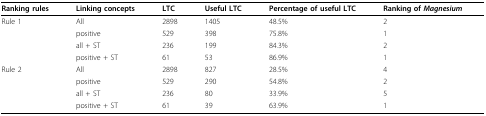
<table><thead><tr><td><b>Ranking rules </b></td><td><b>Linking concepts </b></td><td><b>LTC </b></td><td><b>Useful LTC</b></td><td><b>Percentage of useful LTC</b></td><td><b>Ranking of <i>Magnesium</i></b></td></tr></thead><tbody><tr><td>Rule 1</td><td>All</td><td>2898</td><td>1405</td><td>48.5%</td><td>2</td></tr><tr><td></td><td>positive</td><td>529</td><td>398</td><td>75.8%</td><td>1</td></tr><tr><td></td><td>all + ST</td><td>236</td><td>199</td><td>84.3%</td><td>2</td></tr><tr><td></td><td>positive + ST</td><td>61</td><td>53</td><td>86.9%</td><td>1</td></tr><tr><td>Rule 2</td><td>All</td><td>2898</td><td>827</td><td>28.5%</td><td>4</td></tr><tr><td></td><td>positive</td><td>529</td><td>290</td><td>54.8%</td><td>2</td></tr><tr><td></td><td>all + ST</td><td>236</td><td>80</td><td>33.9%</td><td>5</td></tr><tr><td></td><td>positive + ST</td><td>61</td><td>39</td><td>63.9%</td><td>1</td></tr></tbody></table>